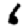
Digit: 6